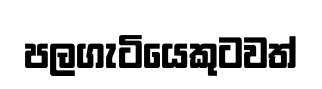
පලගැටියෙකුටවත්